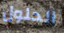
الحلول